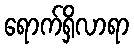
ရောက်ရှိလာရာ